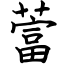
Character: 䔰